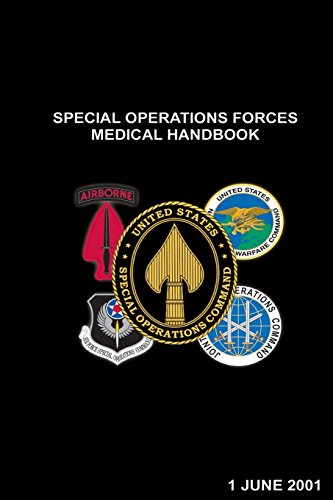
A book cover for Special Operations Forces Medical Handbook; U.S. Special Operations Command; Medical Books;